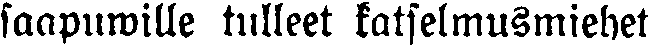
saapuwille tulleet katselmusmiehet